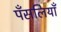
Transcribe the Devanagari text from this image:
पँसलियाँ